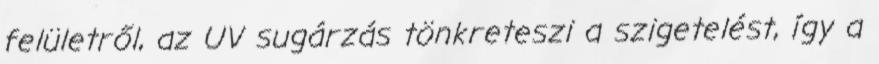
felületről, az UV sugárzás tönkreteszi a szigetelést, így a